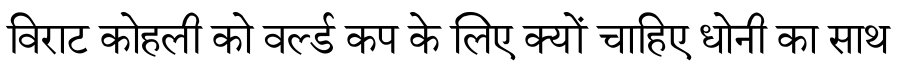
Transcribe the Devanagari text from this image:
विराट कोहली को वर्ल्ड कप के लिए क्यों चाहिए धोनी का साथ